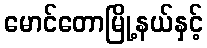
မောင်တောမြို့နယ်နှင့်